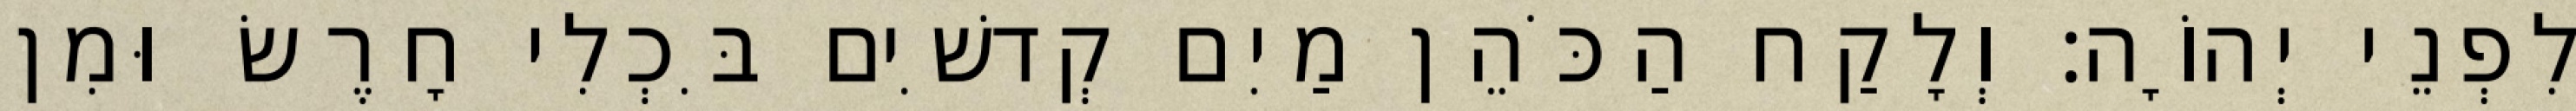
לִפְנֵי יְהוָֹה׃ וְלָקַח הַכֹּהֵן מַיִם קְדשִׁים בִּכְלִי חָרֶשׂ וּמִן